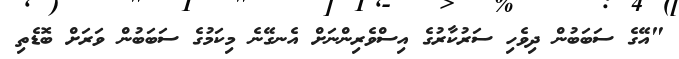
"އޭގެ ސަބަބުން ދިވެހި ސަރުކާރުގެ އިސްވެރިންނަށް އެނގޭނެ މިކަމުގެ ސަބަބުން ވަރަށް ބޮޑެތި